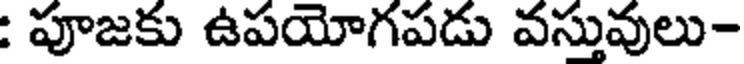
: పూజకు ఉపయోగపడు వస్తువులు-